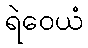
ရဲဝေယံ